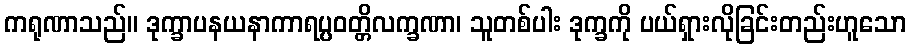
ကရုဏာသည်။ ဒုက္ခာပနယနာကာရပ္ပဝတ္တိလက္ခဏာ၊ သူတစ်ပါး ဒုက္ခကို ပယ်ရှားလိုခြင်းတည်းဟူသော